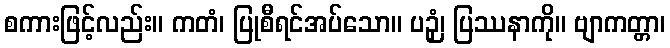
စကားဖြင့်လည်း။ ကတံ၊ ပြုစီရင်အပ်သော။ ပဉှံ၊ ပြဿနာကို။ ဗျာကတ္တာ၊